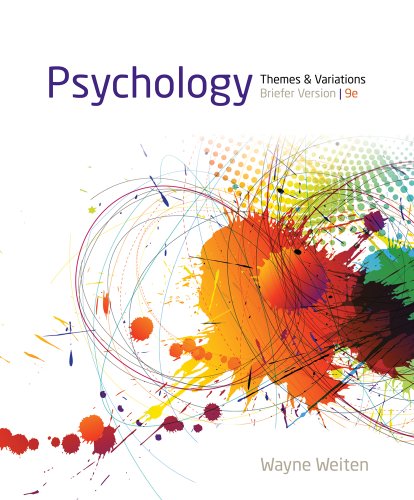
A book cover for Psychology: Themes and Variations, Briefer Version; Wayne Weiten; Health, Fitness & Dieting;